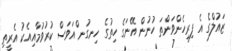
ޒައުލްގެ އެ ފިރިހެންވަންތަ ހުނުން އޭނަގެ ހިތުގެ ހިނގުނ ްއަވަސް ކުރުވުމާއިއެކު އެރީތި